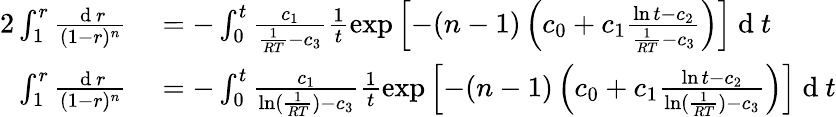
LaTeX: \begin{array}{rl}{{2}\int_{1}^{r}\frac{\mathrm{~d~}r}{(1-r)^{n}}}&{{}=-\int_{0}^{t}\frac{c_{1}}{\frac{1}{RT}-c_{3}}\frac{1}{t}\exp\left[-(n-1)\left(c_{0}+c_{1}\frac{\ln t-c_{2}}{\frac{1}{RT}-c_{3}}\right)\right]\mathrm{~d~}t}\\ {\int_{1}^{r}\frac{\mathrm{~d~}r}{(1-r)^{n}}}&{{}=-\int_{0}^{t}\frac{c_{1}}{\ln(\frac{1}{RT})-c_{3}}\frac{1}{t}\exp\left[-(n-1)\left(c_{0}+c_{1}\frac{\ln t-c_{2}}{\ln(\frac{1}{RT})-c_{3}}\right)\right]\mathrm{~d~}t}\end{array}